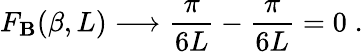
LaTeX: F_{\mathbf{B}}(\beta,L)\longrightarrow\frac{{\pi}}{{6L}}-\frac{{\pi}}{{6L}}=0\; .